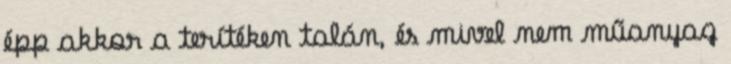
épp akkor a terítéken talán, és mivel nem műanyag